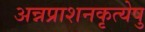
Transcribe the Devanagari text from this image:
अन्नप्राशनकृत्येषु